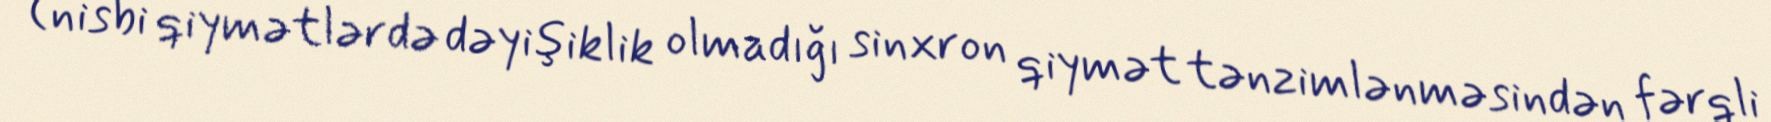
(nisbi qiymətlərdə dəyişiklik olmadığı sinxron qiymət tənzimlənməsindən fərqli